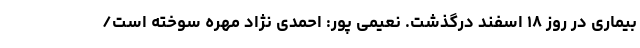
بیماری در روز ۱۸ اسفند درگذشت. نعيمى پور: احمدی نژاد مهره سوخته است/